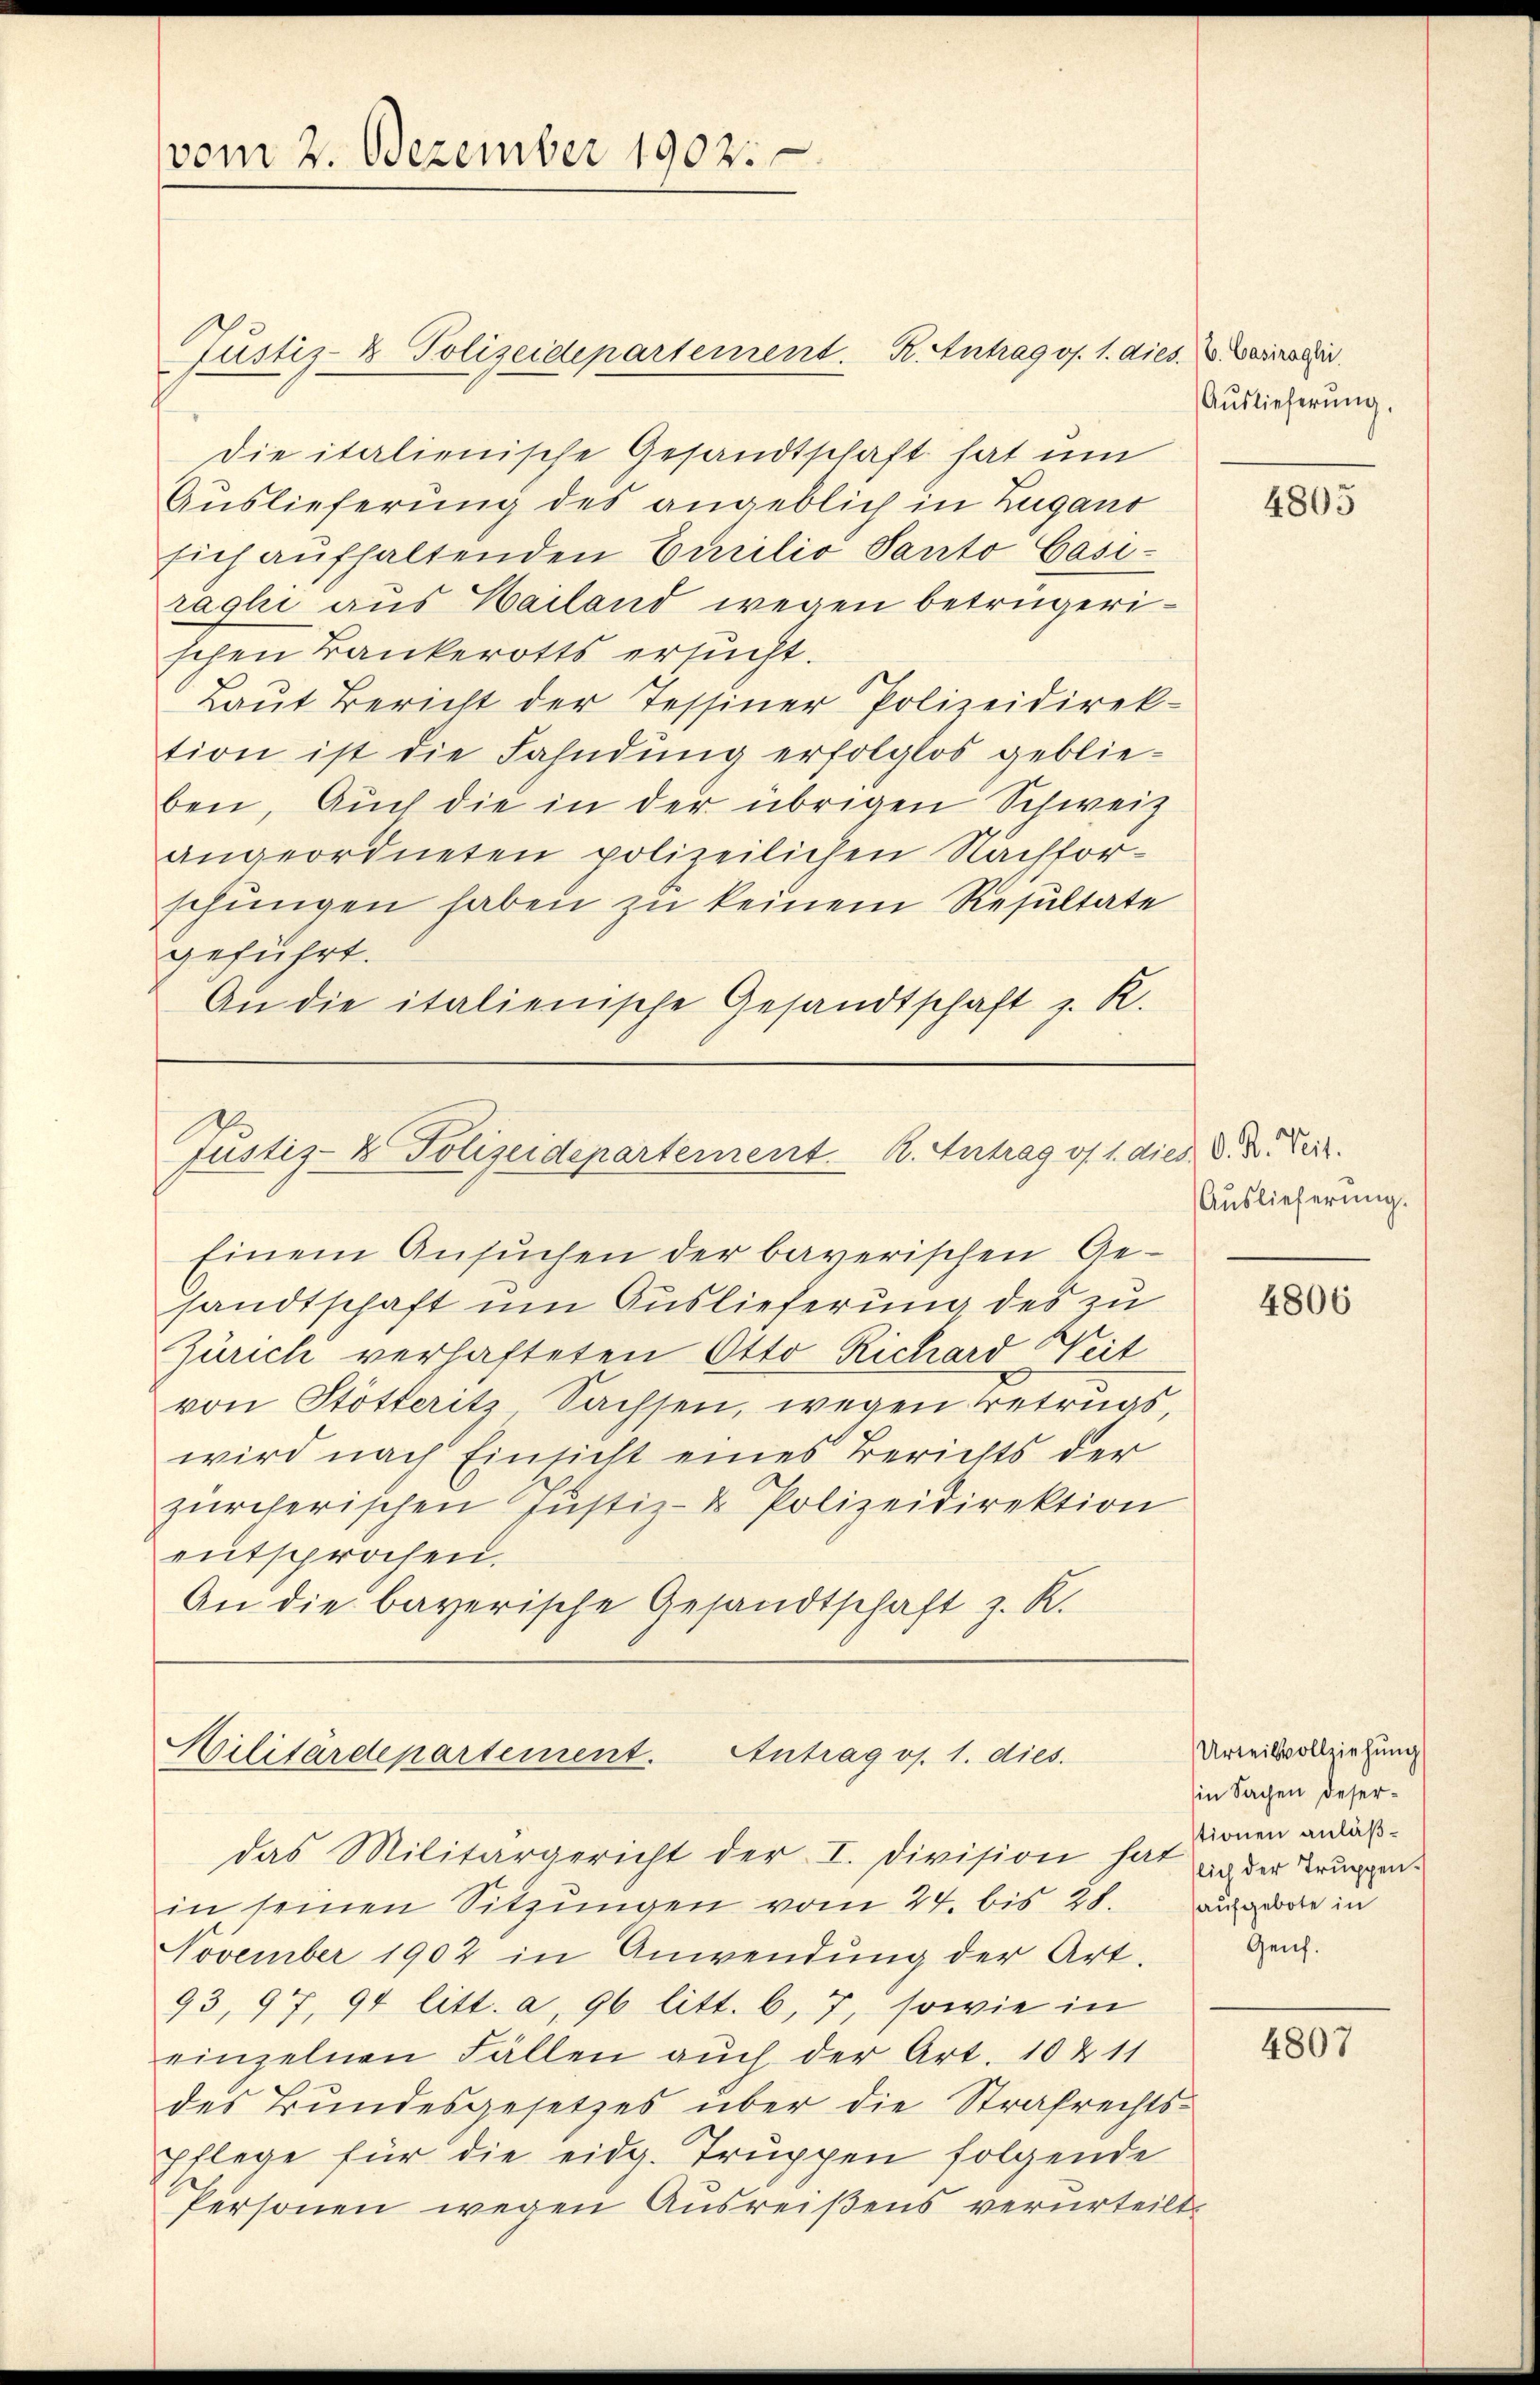
vom 2. Dezember 1902.

Justiz- & Polizeidepartement. K. Antrag os. 1. dies. V. Bericir
die italienische Gesandtschaft hat um
Auslieferung des angeblich in Zugano
sich aufhaltenden Eurilio Santo Casiraghi aus Hailand wegen betrügerischen Bankerotts ersucht.
Laut Bericht der Tessiner Polizeidirek-
tion ist die Fahndung erfolglos geblieben. Auch die in der übrigen Schweiz
angeordneten polizeilichen Nachforschŭngen haben zu keinem Resultate
geführt.
An die italienische Gesandtschaft z. R.

Justiz- & Polizeidepartement. 2. Antrag os 1. dies d. d. Ver
Einem Ansŭchen der bayerischen Ge-

Militärdepartement.
Antrag os. 1. dies.
das Militärgericht der I. Division hat an der Truppen¬

Auslieferung.

sandtschaft um Auslieferung des zu
Zürich verhafteten Otto Richard Weit
von Stötteritz Sachsen, wegen Betrugs,
wird nach Einsicht eines Berichts der
zürcherischen Justiz- & Polizeidirektion
entsprochen.
An die bayerische Gesandtschaft z. K.

in seinen Sitzŭngen vom 24. bis 28. adote in
November 1902 in Anwendŭng der Art.
93, 97, 91 litt. a, 96 litt. b, 7, sowie in
einzelnen Fällen auch der Art. 10 & 11
des Bundesgesetzes über die Strafrechts¬
Pflege für die eidg. Truppen folgende
Personen wegen Ausreißens verurteilt.

4805

Auslieferung.

4806

Urteilsvollziehung
(in Sachen desertionen anläß¬
Genf.

4807